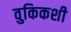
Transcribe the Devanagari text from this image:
वुकिकशी